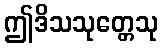
ဤဒိသသုတ္တေသု